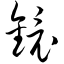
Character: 镜